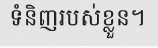
ទំនិញរបស់ខ្លួន។